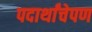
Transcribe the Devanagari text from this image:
पदार्थांचेपण